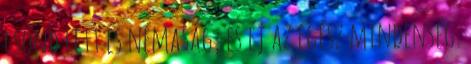
csönd lett és némaság, és éj az egész mindenség.